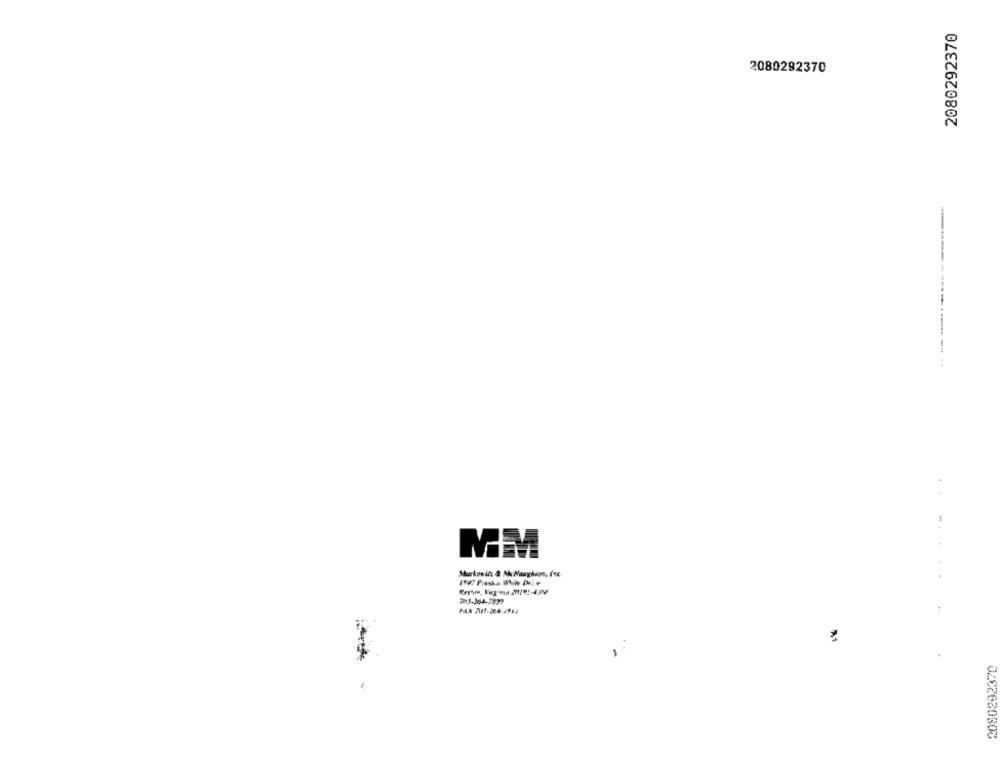
2080292370
2080292370
MM
.. ....
0282630303